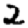
Digit: 2